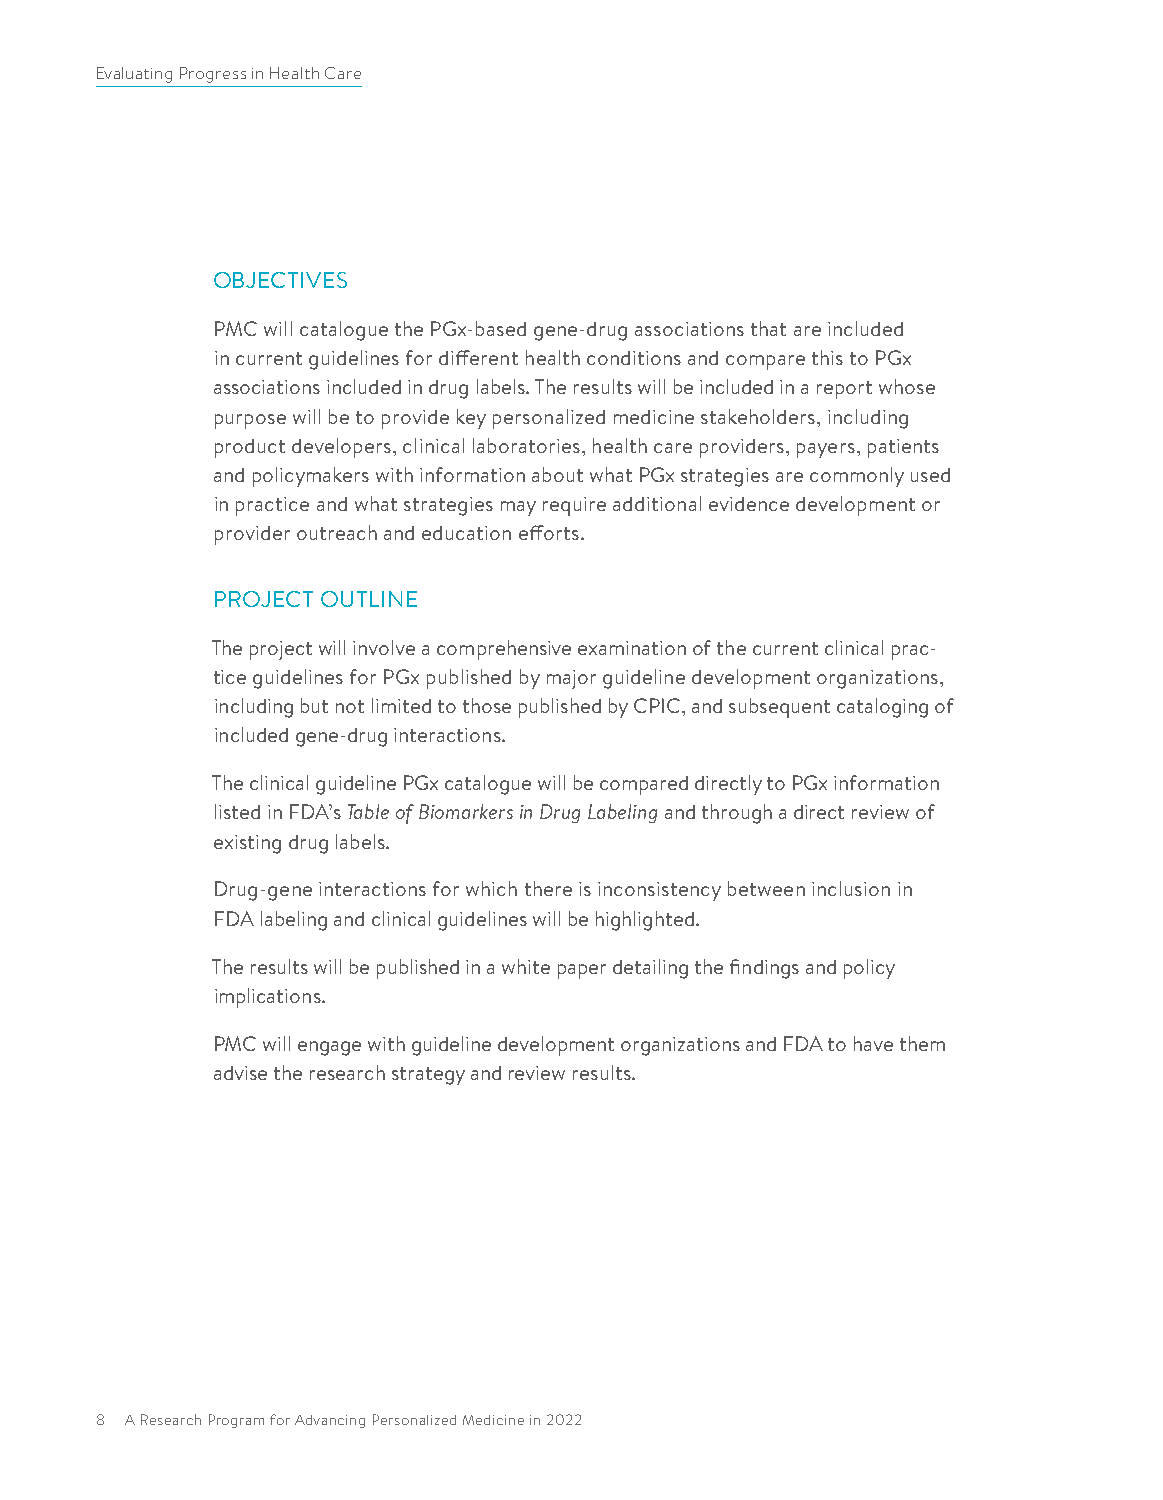
Evaluating Progress in Health Care
 OBJECTIVES
 PMC will catalogue the PGx-based gene-drug associations that are included
 in current guidelines for different health conditions and compare this to PGx
 associations included in drug labels. The results will be included in a report whose
 purpose will be to provide key personalized medicine stakeholders, including
 product developers, clinical laboratories, health care providers, payers, patients
 and policymakers with information about what PGx strategies are commonly used
 in practice and what strategies may require additional evidence development or
 provider outreach and education efforts.
 PROJECT OUTLINE
 The project will involve a comprehensive examination of the current clinical prac-
 tice guidelines for PGx published by major guideline development organizations,
 including but not limited to those published by CPIC, and subsequent cataloging of
 included gene-drug interactions.
 The clinical guideline PGx catalogue will be compared directly to PGx information
 listed in FDA’s Table of Biomarkers in Drug Labeling and through a direct review of
 existing drug labels.
 Drug-gene interactions for which there is inconsistency between inclusion in
 FDA labeling and clinical guidelines will be highlighted.
 The results will be published in a white paper detailing the findings and policy
 implications.
 PMC will engage with guideline development organizations and FDA to have them
 advise the research strategy and review results.
 8 A Research Program for Advancing Personalized Medicine in 2022